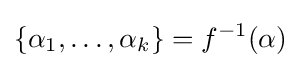
\{\alpha _{1},\ldots ,\alpha _{k}\}=f^{-1}(\alpha )